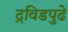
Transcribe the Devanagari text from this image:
द्रविडपुढे